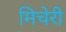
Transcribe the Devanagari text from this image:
मिचेरी